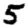
Digit: 5